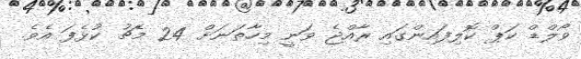
ވޯލްޑް ކަޕް ކޮލިފައިންގައި ރާއްޖެ ވަނީ މިހާތަނަށް 24 މެޗު ކުޅެފަ އެވެ.